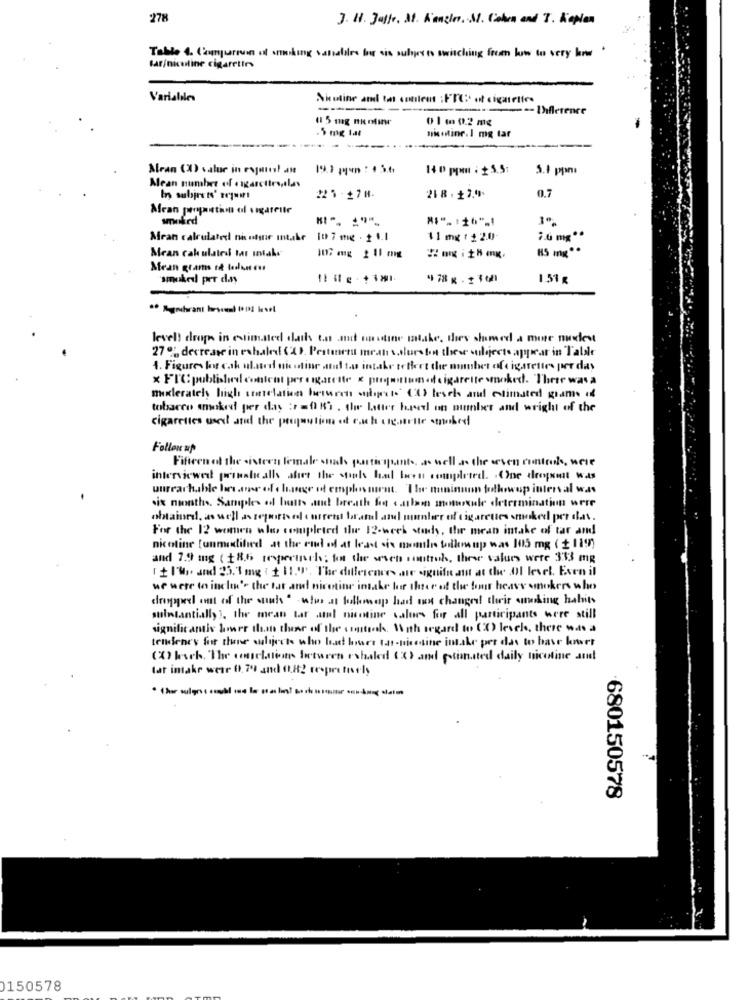
278
J. H. Jalle. St. Kanzler. S. Cohen and 7. Kopien
Table 4. Comperson of snacking sanabilee bir sis subject to switching from low to very how
far/nicoline cigarettes
Variables
Nicotine and to content : FTC* of cigarettes
-- Difference
0 1 1 0.2 mg
nicotine. I mg tar
--
Mran (X) value in expurest an
19.1 pqqun : 1 3.6
14 0 ppmn : + 5.5:
5.1 ppm:
Mean number of cigarettes,las
225-178.
21 8 . 17.9.
0.7
Mean proportion of sigarette
smoked
1º.
Mean calculated nietine intake
10 7 mg . 2 1.1
11 mg : 2 2.0.
2.0 mg."
Mean cak ulated Mar make
107 mg 2 11 mg
Mean grams not tedun cut
smoked per day
478 x - 2 30
151 g
level! drop in estimated dath tn and moustier make, they shomed a more modest
27 % decrease in exhaled (2). Pestment meat v.thurston these subjects appear in Talale
4. Figures for cak ulated nicotine atal tw intake teffert the number of cigarettes per day
x FIC published content per cigarette x purgenttumot cigarette smoked. Three was a
moderately high unerelation between subpeso (3) lesek and estimated game of
tobacco smoked per day :+ =015 . the Latter bred on number and wright of the
cigarettes word and the proportion of euch cigarette smoked
Follow up
Fifteen of the sisters female stads participants, as well as the even control, were
interviewed prosaically shirt the souls hal been completed. the dropsont was
unreachable bors me off s hange of employment. The mainmon followup interval was
six months. Samples of butts and breath big calam motorule determination were
For the 12 women who completed the 12-week study, the mean intake of tar and
nicoline [unmodified at the end of at least six nombre filmup was 105 mg ( + 119)
and 7.9 mg ( +8.6 resperinch; font the seven sonttub, these values were 333 mg
1 + l'Wy and 23. 1 mg : 2 11.'. The differences are signifn att at the .Ol level. Even il
we were to inclin's the tat and nicotine intake for three of the four heavy smokers who
dropped out of the sunis " when at folkmap had out changed their sucking habits
sulntantially), the mean tar atul nicotine values for all participants were still
significantis lower than thene of the costsok. With regard to CO levels, there was a
tendeney for thene walijects who bad bowser tat-pisosine intake per das to have kower
(X) kach. The concluons Inturen eshaled (X) and estimated daily nicotine and
lat intake were 01. 79 and (1.82 respectively
680150578
0150578